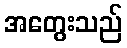
အတွေးသည်